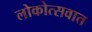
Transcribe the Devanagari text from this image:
लोकोत्सवात